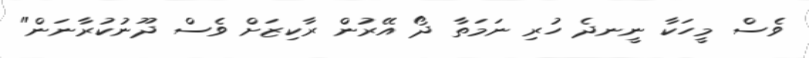
ވެސް މީހަކާ ނީނދެ ހުރި ނަމަތާ ދޯ އޭރުން ރާކިޒަށް ވެސް ދޫނުކުރާނަން"